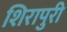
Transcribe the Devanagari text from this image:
शिरापुरी